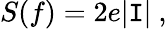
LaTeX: S(f)=2e\vert\mathtt{I}\vert\ ,